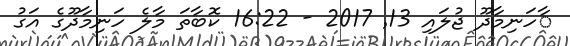
ާހަނިމާދޫ ޖުލައި 13